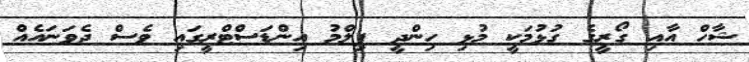
ޝާހް އާއި ގޯރީގެ ގުޅުމަކީ މުޅި ހިންދީ ފިލްމު އިންޑަސްޓްރީގައި ވެސް ދެވަނައެއް